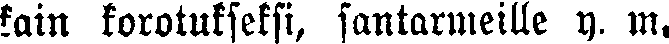
kain korotukseksi, santarmeille y. m,